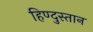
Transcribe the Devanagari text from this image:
हिण्दुस्तान